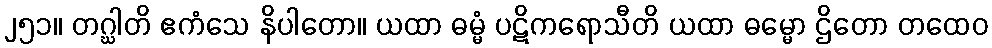
၂၅၁။ တဂ္ဃါတိ ဧကံသေ နိပါတော။ ယထာ ဓမ္မံ ပဋိကရောသီတိ ယထာ ဓမ္မော ဌိတော တထေဝ